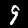
Label: 9